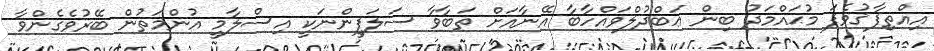
އިއްތިފާޤުވެފަ މުޙައްމަދު ބިން ޢަބްދުލްވައްހާބާ އޭނާއަށް ތަބާވާ ސަލަފީންނަކީ އިސްލާމީ އުންމަތުން ބޭރުވެގެންވާ